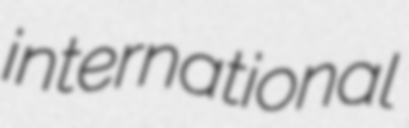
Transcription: international